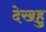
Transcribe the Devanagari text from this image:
देखहु